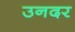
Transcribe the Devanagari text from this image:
उनदर